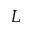
L